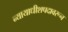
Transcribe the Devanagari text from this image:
न्यायाधीशपदावरून